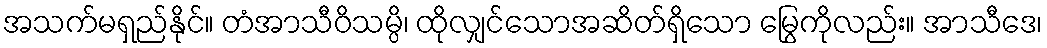
အသက်မရှည်နိုင်။ တံအာသီဝိသမ္ပိ၊ ထိုလျှင်သောအဆိတ်ရှိသော မြွေကိုလည်း။ အာသီဒေ၊